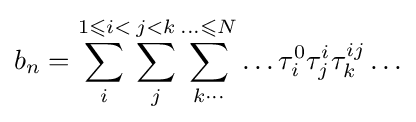
b_{n}=\sum _{i}^{1\leqslant i<}\sum _{j}^{j<k}\sum _{k\cdots }^{\ldots \leqslant N}\ldots \tau _{i}^{0}\tau _{j}^{i}\tau _{k}^{ij}\ldots